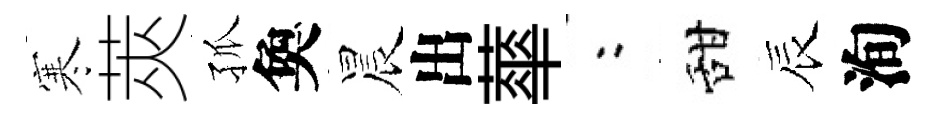
寒莢孤奐晨出蕐欸甜辰洵